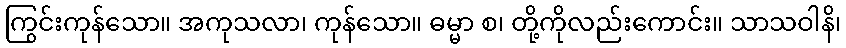
ကြွင်းကုန်သော။ အကုသလာ၊ ကုန်သော။ ဓမ္မာ စ၊ တို့ကိုလည်းကောင်း။ သာသဝါနိ၊